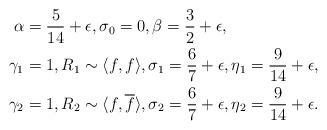
LaTeX: \begin{align*} \alpha &= \frac{5}{14} + \epsilon, \sigma_0 = 0, \beta = \frac{3}{2} + \epsilon, \\ \gamma_{1} &= 1, R_1 \sim \langle f, f\rangle, \sigma_1 = \frac{6}{7} + \epsilon, \eta_{1} = \frac{9}{14} + \epsilon, \\ \gamma_{2} &= 1, R_2 \sim \langle f, \overline{f}\rangle, \sigma_2 = \frac{6}{7} + \epsilon, \eta_{2} = \frac{9}{14} + \epsilon.\end{align*}